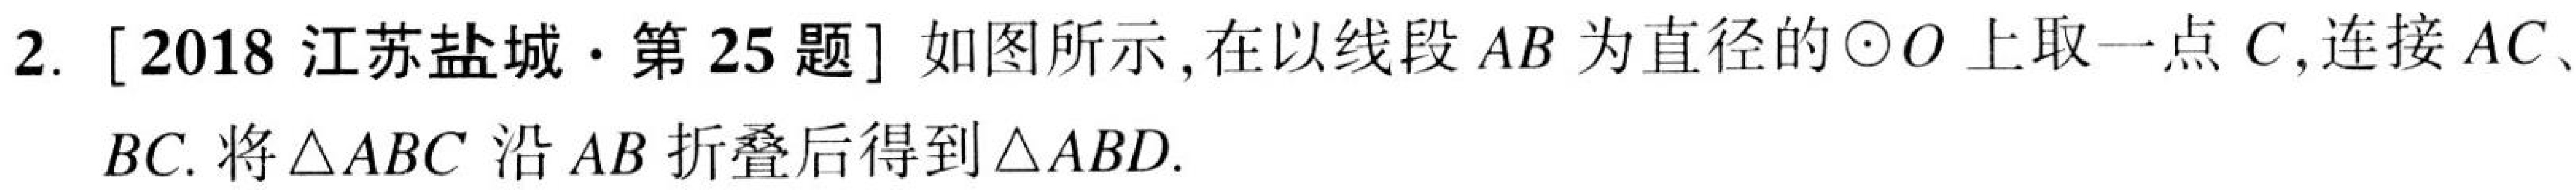
2. [2018江苏盐城·第25题] 如图所示，在以线段 \(AB\)为直径的\(\odot O\)上取一点 \(C\)，连接 \(AC\)、\(BC\). 将\(\triangle ABC\) 沿 \(AB\) 折叠后得到\(\triangle ABD\).